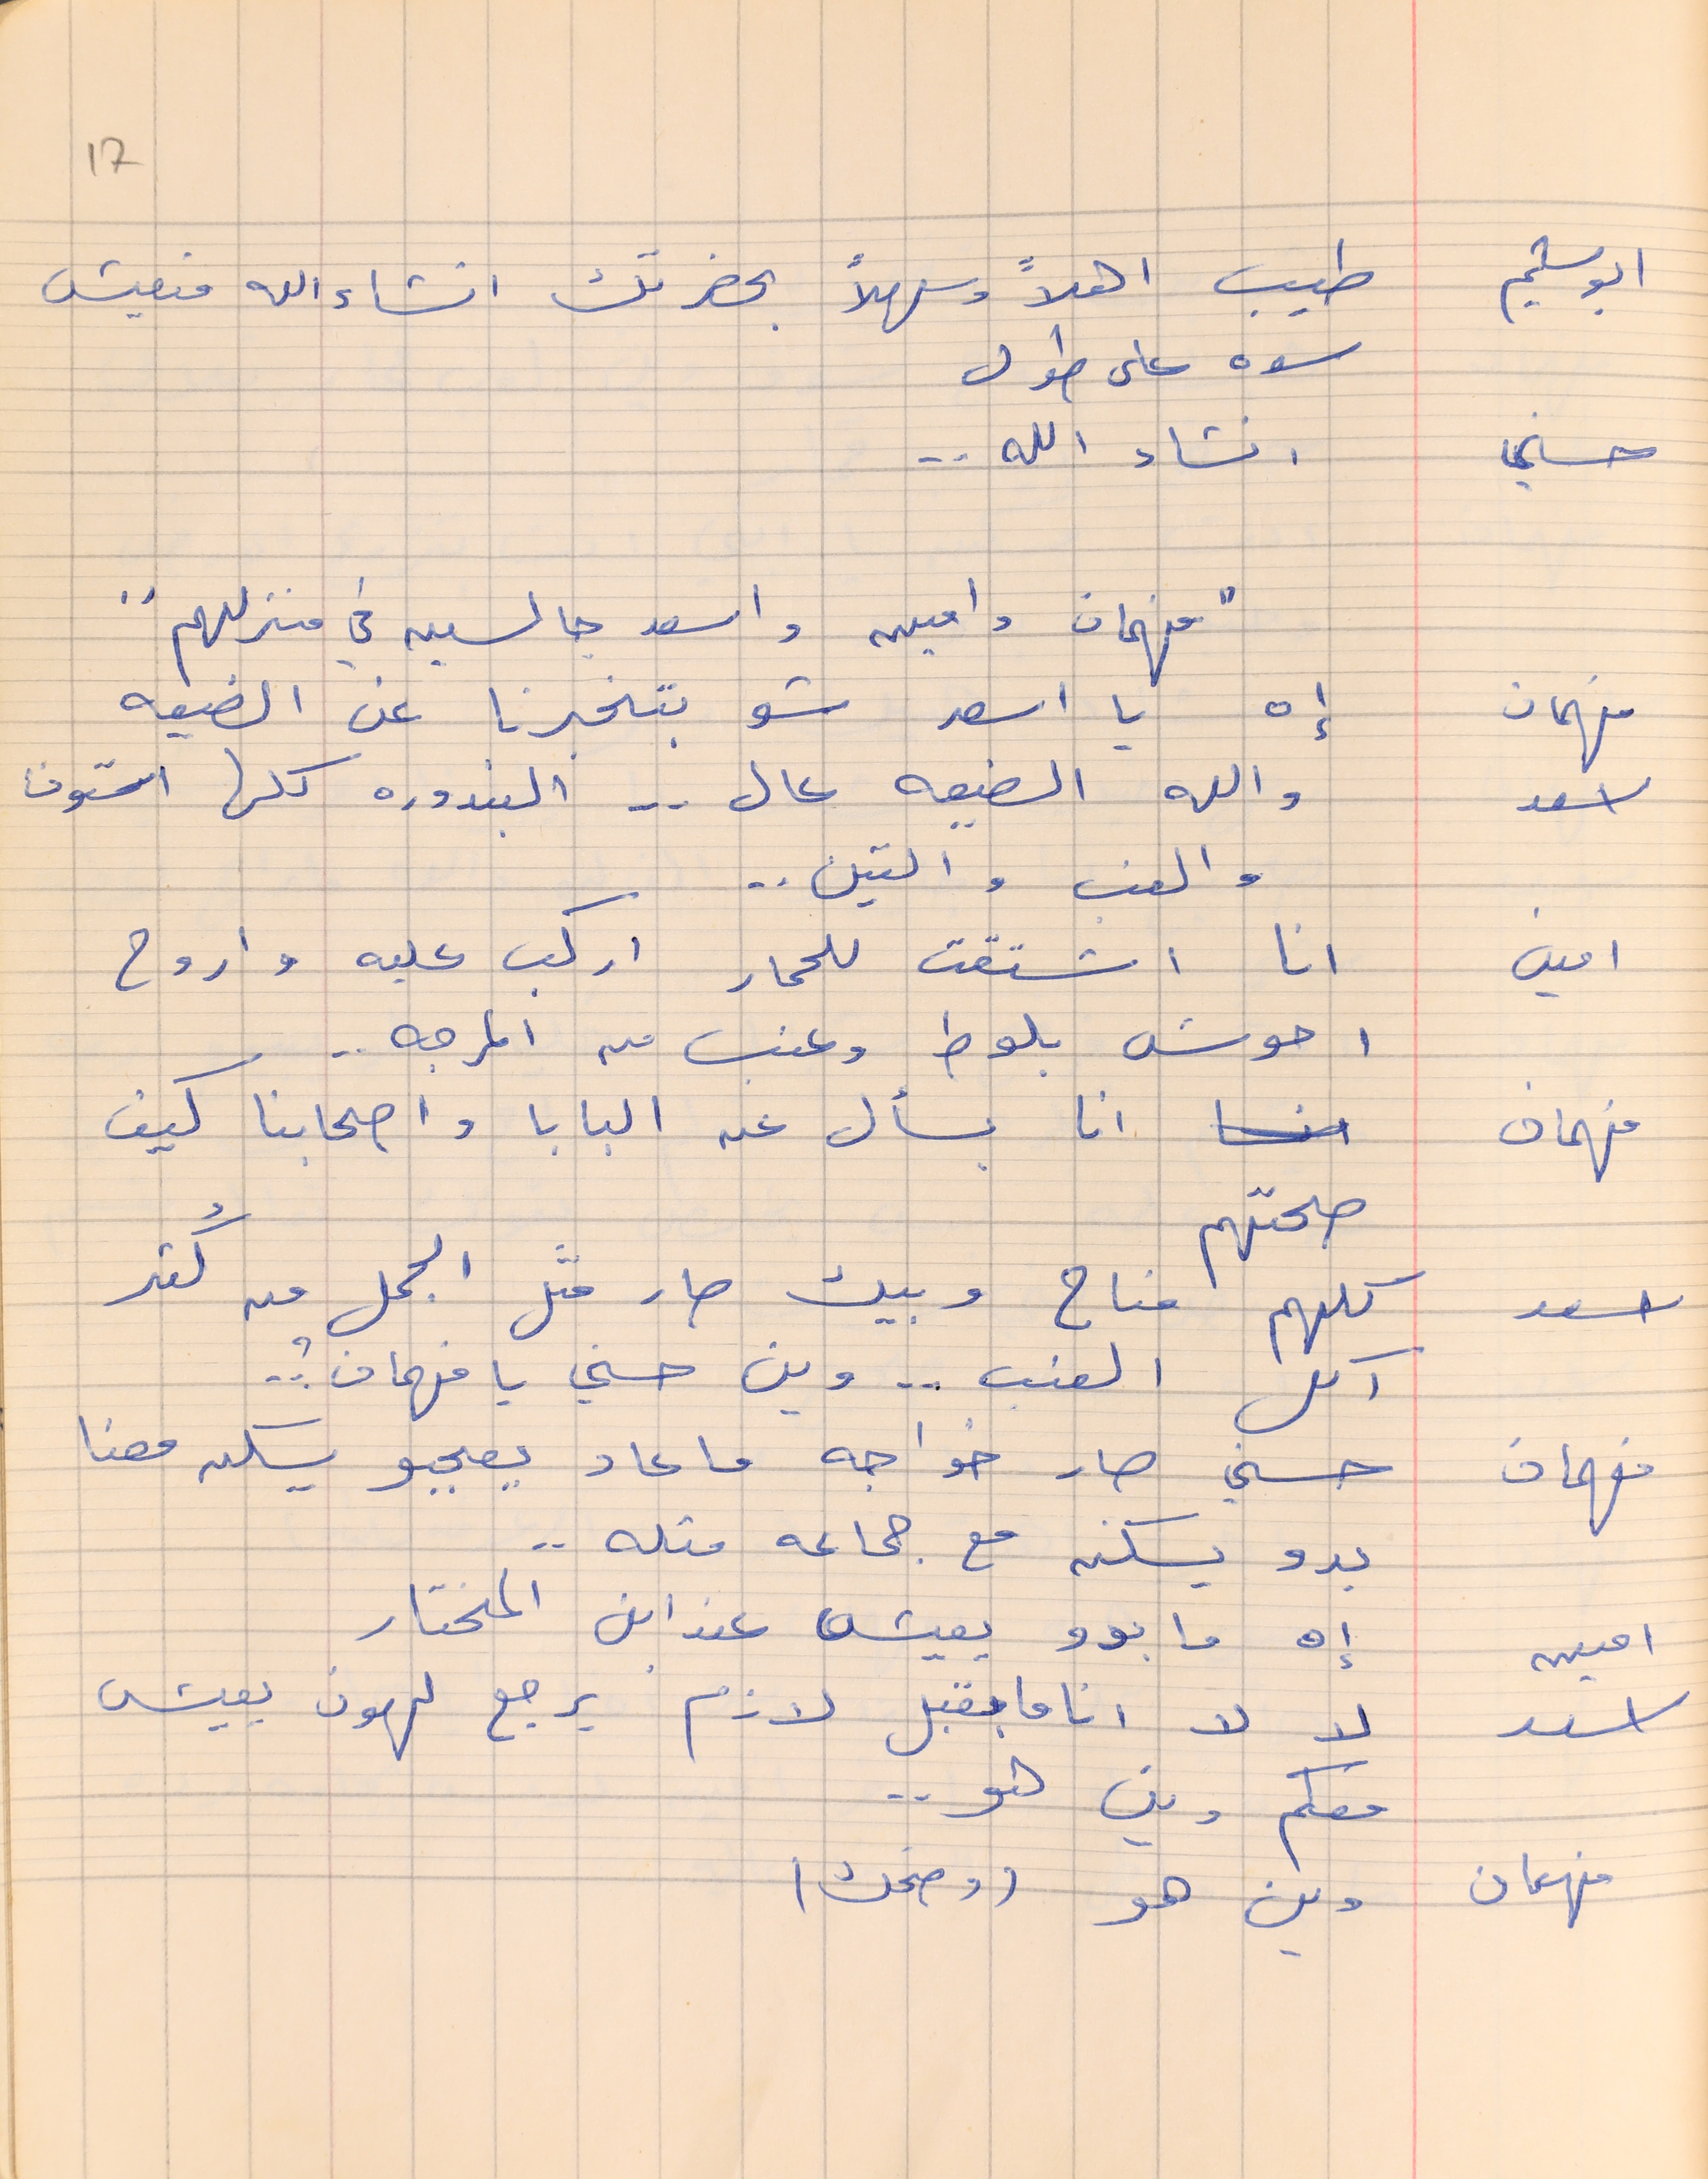
ابو سليم       طيب اهلاً وسهلاً بحضرتك انشاء الله منعيش
سوه على طول
حسني       انشاء الله . .
فهمان      إه يا اسعد شو بتخبرنا عن الضيعه
اسعد      والله الضيعه عال . . البندوره كلها استوت
والعنب والتين . .
امين        انا اشتقت للحمار اركب عليه واروح
احوش بلوط وعنب من المرجه . .
فهمان      انا بسأل عن البابا واصحابنا كيف
 اسعد        كلمهم مناح وبيك صار متل الجمل من كتر
اكل العنب  . . وين حسني فهمان ؟ . .
فهمان      حسني صار خواجه ما عاد يعجبو يسكن معنا
بدو يسكن مع جماعه متله . .
امين       إه ما بدو يعيش عند ابن المختار
 اسعد         لا لا انا ما بقبل لازم يرجع لهون يعيش
معكم وين هو . .
فهمان     وين هو (وضحك)
17
"فهمان وامين واسعد جالسين في منزلهم"
صحتهم